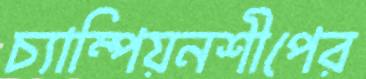
চ্যাম্পিয়নশীপের